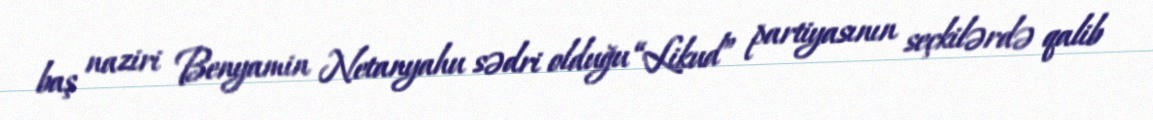
baş naziri Benyamin Netanyahu sədri olduğu “Likud” partiyasının seçkilərdə qalib